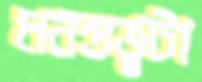
মনস্তত্ত্বটা